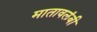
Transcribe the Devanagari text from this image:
मातावलंबी